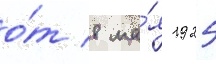
о́т 8 ма́я 1925